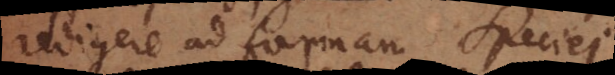
redigere ad formam speciei